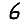
Digit: 6